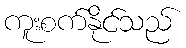
ကူးစက်နိုင်သည်